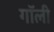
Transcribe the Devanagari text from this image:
गॉली